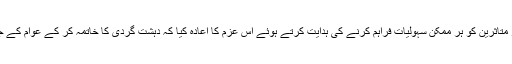
وزیر اعظم نے زخمیوں و دیگر متاثرین کو ہر ممکن سہولیات فراہم کرنے کی ہدایت کرتے ہوئے اس عزم کا اعادہ کیا کہ دہشت گردی کا خاتمہ کر کے عوام کے جان و مال کا تحفظ کیا جائے گا۔